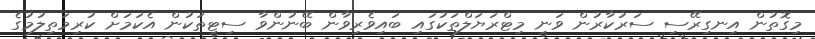
މިގޮތުން އިނގިރޭސި ސަރުކާރުން ވަނީ މިޓްރަޔަލްތަކުގައި ބައިވެރިވާން ބޭނުންވާ ސިޓީތަކުން އެކަމަށް ކުރިމަތިލުމުގެ